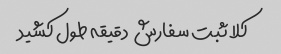
کلا ثبت سفارش  دقیقه طول کشید